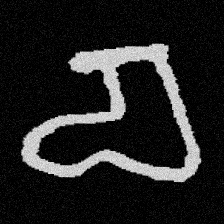
Pyu character \u2014 Myanmar letter: စ (romanized: ca)